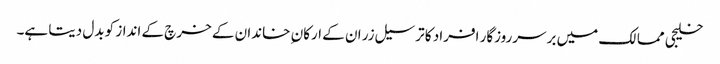
خلیجی ممالک میں برسرروزگار افراد کا ترسیل زر ان کے ارکان ِ خاندان کے خرچ کے انداز کو بدل دیتا ہے۔